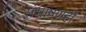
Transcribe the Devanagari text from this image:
संभाषणही